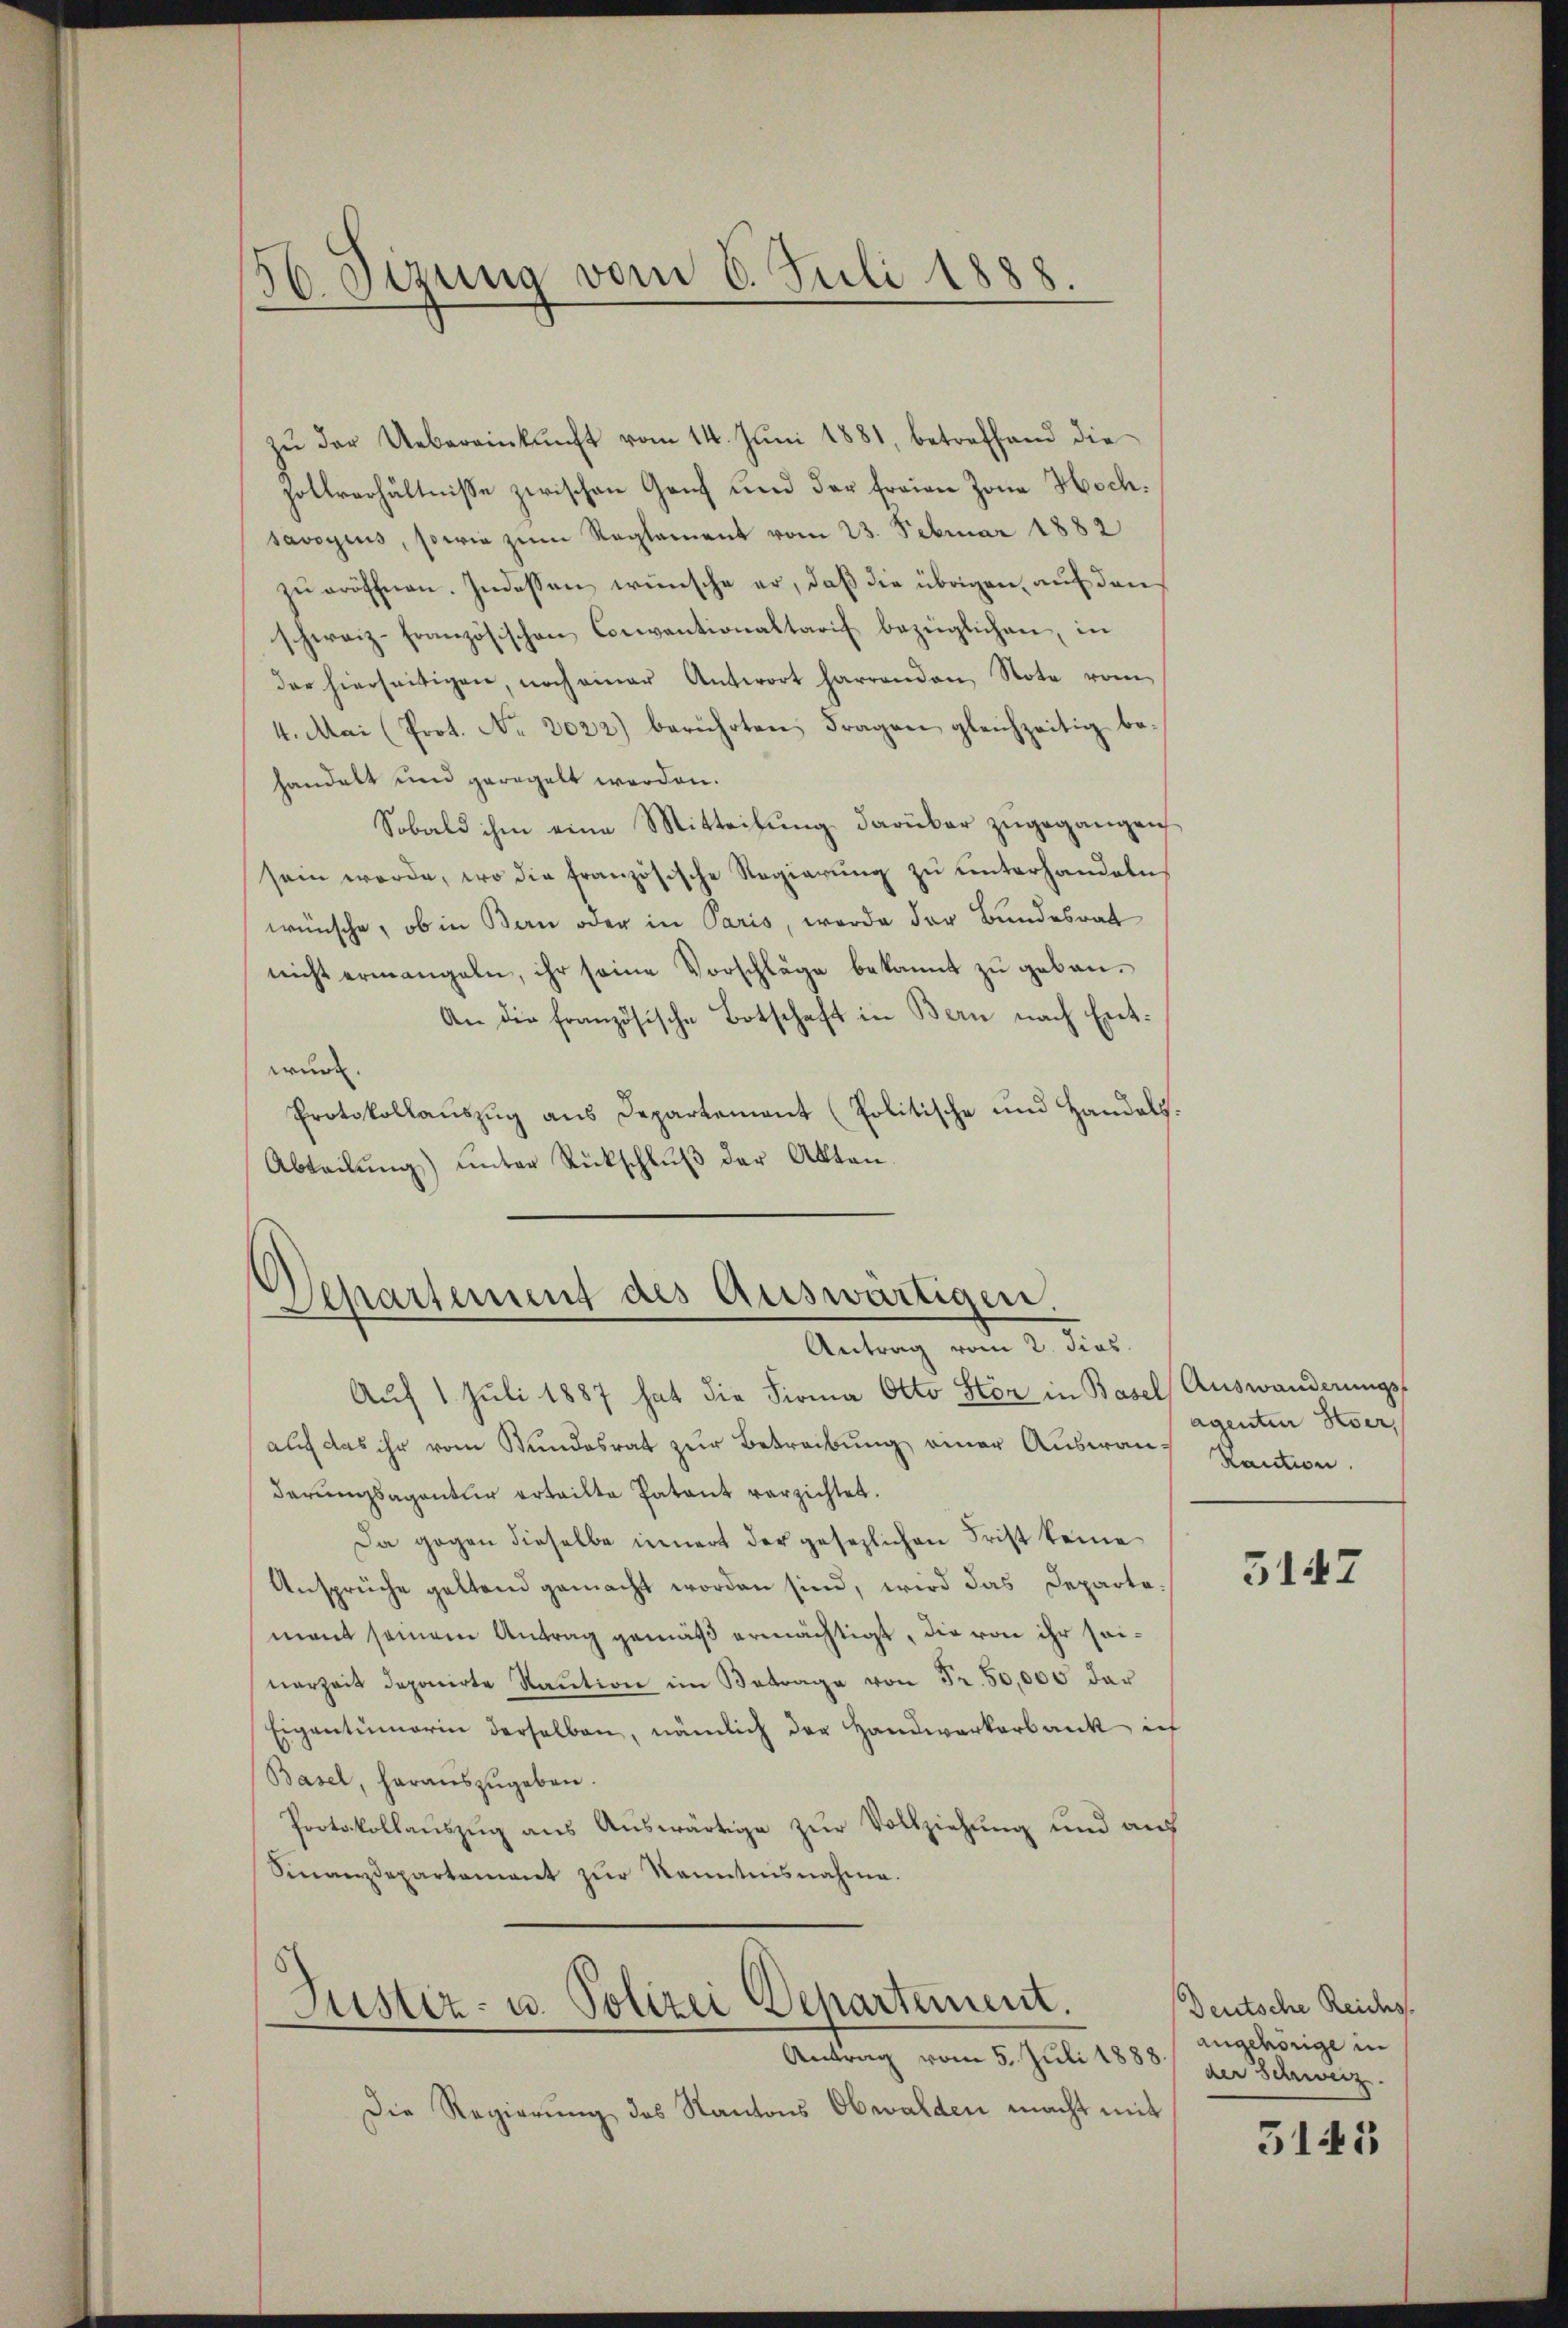
56. Sizung vom 6. Juli 1888.

zŭ der Uebereinkunft vom 14. Juni 1881, betreffend die
Zollverhältnisse zwischen Ganz und der freien Zone Hochsavoyius, sowie zum Reglement vom 23. Februar 1882
zu eröffnen. Indessen wünsche er, daß die übrigen, auf den
schweiz französischen Cementionaltarif bezüglichen, in
der hierseitigen, noch einer Antwort harranden, Note vom
4. Mai (Prot. No. 2022) berührten Fragen gleichzeitig behandelt und geregelt werden.
Sobald ihm eine Mitteilung darüber zugegangen
sein werde, wo die französische Regierŭng zŭ ŭnterhandeln.
wünsche, ob in Bern oder in Paris, werde der Bundesrat
nicht ermangeln, ihr seine Vorschläge bekannt zu gebau¬
An die französische Botschaft in Bern nach Entwurde.
Protokollauszug aus Departement (Politische und Handels.
Abteilŭng ŭnter Rückschlŭβ der Akten.

Departement des Auswärtigen.
Antrag vom 2. dies

Auf 1. Juli 1887 hat die Firma Otto Stöz in Basel, Auswanderungs-
auf das ihr vom Stundesrat zur Betreibung einer Auswant Kaution.
derungsagentur erteilte Patent verzichtet.
Da gegen dieselbe innert der gesezlichen Frist keine
Ansprüche geltend gemacht worden sind, wird das Departement seinem Antrag gemäß ermächtigt, die von ihr seinerzeit deponirte Staŭtion im Betrage von Fr. 50,000 dar
Eigentümerin derselben, nämlich der Handwerkerbank ich
Basel, herauszugeben.
Protokollauszug aus Auswärtige zur Vollziehung und auf
Sinanzdepartament zŭr Kenntnisnahme.

E
Justiz- u. Polizei Departement.
Antrag vom 5. Juli 1888 / der Schweiz.

Die Regierung des Kantons Obwalden macht mit

agenten Keser,

5142

Deutsche Reichs.
angehörige in

5145